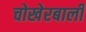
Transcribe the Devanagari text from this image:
चोखेरबाली